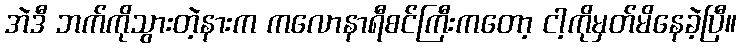
အဲဒီ ဘက်ကိုသွားတဲ့နားက ကလောနာရီစင်ကြီးကတော့ ငါ့ကိုမှတ်မိနေခဲ့ပြီ။